Vaccination United Provinces of Agra and Oudh 1923-1928 - 1923-1928
Year: 1923
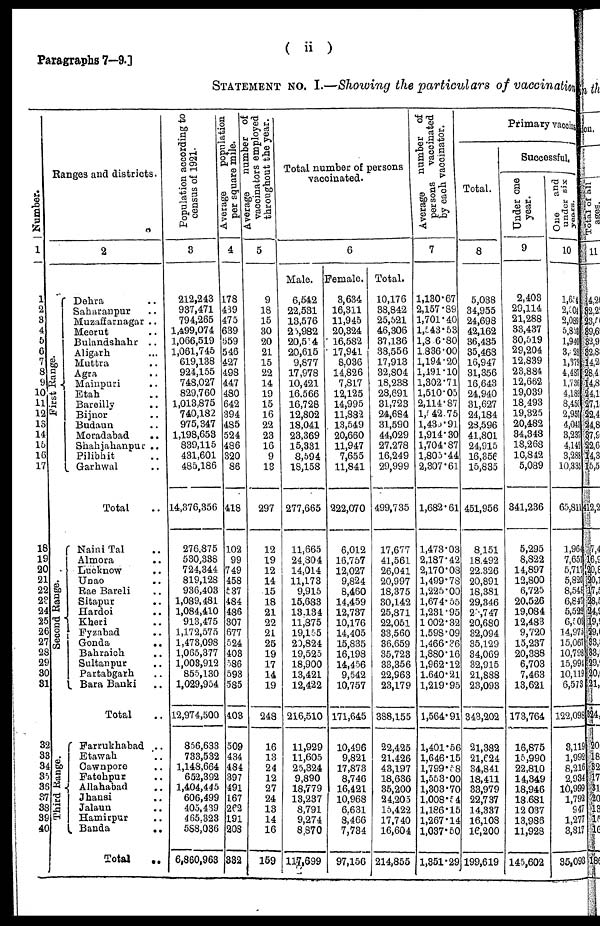
Paragraphs 7—9.]
( ii )
STATEMENT No. I.—Showing the particulars of vaccination
Number.
1
1
2
3
4
5
6
7
8
9
10
11
12
13
14
15
16
17
18
19
20
21
22
23
24
25
26
27
28
29
30
31
32
33
34
35
36
37
38
39
40
Ranges and districts.
2
First Range.
Second Range.
Third Range.
Dehra ..
Saharanpur ..
Muzaffarnagar ..
Meerut ..
Bulandshahr ..
Aligarh ..
Muttra ..
Agra ..
Mainpuri ..
Etah ..
Bareilly ..
Bijnor ..
Budaun ..
Moradabad
..
Shahjahanpur ..
Pilibhit ..
Garhwal ..
Total ..
Naini Tal ..
Almora ..
Lucknow
..
Unao
..
Rae Bareli ..
Sitapur ..
Hardoi ..
Kheri ..
Fyzabad ..
Gonda
..
Bahraich ..
Sultanpur ..
Partabgarh ..
Bara Banki ..
Total ..
Farrukhabad ..
Etawah ..
Cawnpore ..
Fatehpur ..
Allahabad ..
Jhansi ..
Jalaun ..
Hamirpur ..
Banda
..
Total
..
Population according to
census of 1921.
3
212,243
937,471
794,265
1,499,074
1,066,519
1,061,745
619,138
924,155
748,027
829,760
1,013,875
740,182
975,347
1,198,653
839,115
431,601
485,186
14,376,356
276,875
530,338
724,344
819,128
936,403
1,089,481
1,084,410
913,475
1,172,575
1,473,098
1,065,377
1,003,912
855,130
1,029,954
12,974,500
856,633
733,532
1,148,664
652,392
1,404,445
606,499
405,439
465,323
588,036
6,860,963
Average
population
per square mile.
4
178
439
475
639
559
546
427
498
447
480
642
394
485
524
486
320
86
418
102
99
749
458
537
484
486
307
677
524
403
586
593
585
403
509
434
484
397
491
167
262
191
208
332
Average
number of
vaccinators employed
throughout the year.
5
9
18
15
30
20
21
15
22
14
19
15
16
22
23
16
9
13
297
12
19
12
14
15
18
21
22
21
25
19
17
14
19
248
16
13
24
12
27
24
13
14
16
159
Total number of persons
vaccinated.
6
Male.
6,542
22,531
13,576
25,982
20,514
20,615
9,877
17,978
10,421
16,566
16,728
12,802
18,041
23,369
15,331
8,594
18,158
277,665
11,665
24,804
14,014
11,173
9,915
15,683
13,134
11,875
19,155
20,824
19,525
18,900
13,421
12,422
216,510
11,929
11,605
25,324
9,890
18,779
13,237
8,791
9,274
8,870
117,699
Female.
3,634
16,311
11,945
20,324
16,582
17,941
8,036
14,826
7,817
12,125
14,995
11,882
13,549
20,660
11,947
7,655
11,841
222,070
6,012
16,757
12,027
9,824
8,460
14,459
12,737
10,176
14,405
15,835
16,198
14,456
9,542
10,757
171,645
10,496
9,821
17,873
8,746
16,421
10,968
6,631
8,466
7,734
97,156
Total.
10,176
38,842
25,521
46,306
37,136
38,556
17,913
32,804
18,238
28,691
31,723
24,684
31,590
44,029
27,278
16,249
29,999
499,735
17,677
41,561
26,041
20,997
18,375
30,142
25,871
22,051
33,560
36,659
35,723
33,356
22,963
23,179
388,155
22,425
21,426
43,197
18,636
35,200
24,205
15,422
17,740
16,604
214,855
Average
number of
persons
vaccinated
by each vaccinator.
7
1,130.67
2,157.89
1,701.40
1,543.53
1,806.80
1,836.00
1,194.20
1,491.10
1,302.71
1,510.05
2,114.87
1,542.75
1,438.91
1,914.30
1,704.87
1,805.44
2,307.61
1,682.61
1,473.03
2,187.42
2,170.08
1,499.78
1,225.00
1,674.55
1,231.95
1,002.32
1,598.09
1,466.36
1,880.16
1,962.12
1,640.21
1,219.95
1,564.91
1,401.56
1,646.15
1,799.58
1,553.00
1,303.70
1,008.54
1,186.15
1,267.14
1,037.50
1,351.29
Primary vaccina
Total.
8
5,038
34,955
24,698
42,162
36,435
35,468
16,947
31,356
16,643
24,940
31,627
24,184
28,596
41,801
24,915
16,356
15,835
451,956
8,151
18,492
22,326
20,891
18,381
29,346
25,747
20,680
32,094
35,129
34,069
32,915
21,888
23,093
343,202
21,382
21,624
34,841
18,411
33,979
22,737
14,337
16,108
16,200
199,619
Successful.
Under one
year.
9
2,403
29,114
21,288
33,437
30,519
29,204
12,839
23,884
12,662
19,039
18,493
19,325
20,482
34,348
18,268
10,842
5,089
341,236
5,295
8,822
14,897
12,800
6,725
20,526
19,084
12,483
9,720
15,237
20,388
6,703
7,463
13,621
173,764
16,875
15,990
22,810
14,349
18,946
18,681
12,037
13,986
11,928
145,602
One
and
under six
years.
10
1,654
2,504
2,089
5,853
1,940
3,928
1,379
4,487
1,736
4,189
8,450
2,957
4,043
3,237
4,142
3,288
10,335
65,811
1,964
7,651
5,717
5,820
8,548
6,847
5,522
6,503
14,975
15,067
10,798
15,994
10,119
6,573
122,098
3,119
1,992
8,216
2,934
10,999
l,792
947
1,277
3,817
35,093